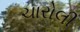
ચારોલી